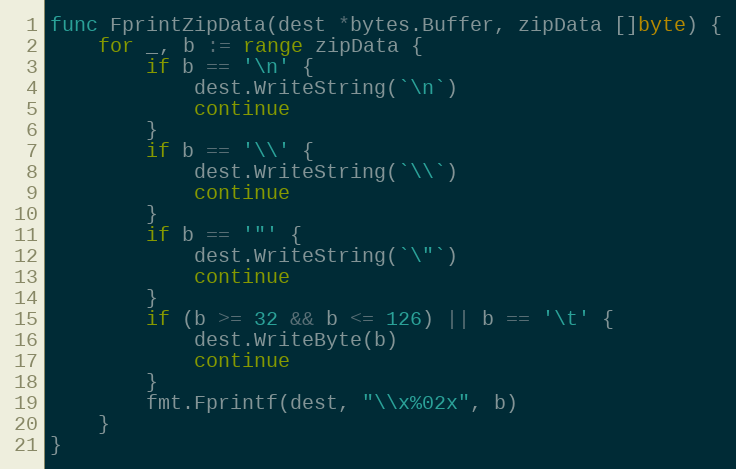
Language: Go
func FprintZipData(dest *bytes.Buffer, zipData []byte) {
	for _, b := range zipData {
		if b == '\n' {
			dest.WriteString(`\n`)
			continue
		}
		if b == '\\' {
			dest.WriteString(`\\`)
			continue
		}
		if b == '"' {
			dest.WriteString(`\"`)
			continue
		}
		if (b >= 32 && b <= 126) || b == '\t' {
			dest.WriteByte(b)
			continue
		}
		fmt.Fprintf(dest, "\\x%02x", b)
	}
}